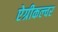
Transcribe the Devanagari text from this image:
ऐग्रीकल्चर